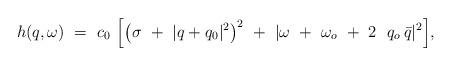
LaTeX: \begin{align*}h(q,\omega) \ =\ c_0\ \Big [ \big ( \sigma\ +\ |q+q_0|^2 \big )^2\ +\ |\omega\ +\ \omega_o\ +\ 2\ \ q_o\, \bar q|^2 \Big ],\end{align*}